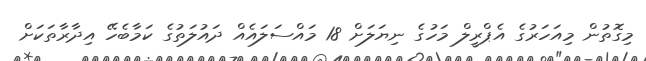
މިގޮތުން މިއަހަރުގެ އެޕްރީލް މަހުގެ ނިޔަލަށް 18 މައްސަލައެއް ދައުލަތުގެ ކަމާބެހޭ އިދާރާތަކަށް